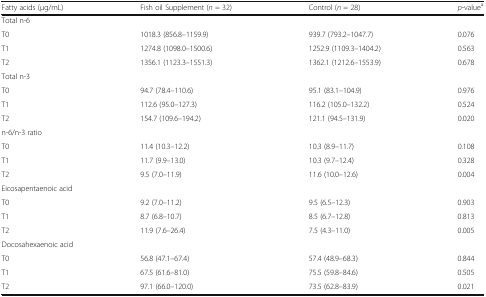
<table><thead><tr><td><b>Fatty acids (μg/mL)</b></td><td><b>Fish oil Supplement (<i>n</i> = 32)</b></td><td><b>Control (<i>n</i> = 28)</b></td><td><b><i>p</i>-value<sup>a</sup></b></td></tr></thead><tbody><tr><td colspan="4">Total n-6</td></tr><tr><td>T0</td><td>1018.3 (856.8–1159.9)</td><td>939.7 (793.2–1047.7)</td><td>0.076</td></tr><tr><td>T1</td><td>1274.8 (1098.0–1500.6)</td><td>1252.9 (1109.3–1404.2)</td><td>0.563</td></tr><tr><td>T2</td><td>1356.1 (1123.3–1551.3)</td><td>1362.1 (1212.6–1553.9)</td><td>0.678</td></tr><tr><td colspan="4">Total n-3</td></tr><tr><td>T0</td><td>94.7 (78.4–110.6)</td><td>95.1 (83.1–104.9)</td><td>0.976</td></tr><tr><td>T1</td><td>112.6 (95.0–127.3)</td><td>116.2 (105.0–132.2)</td><td>0.524</td></tr><tr><td>T2</td><td>154.7 (109.6–194.2)</td><td>121.1 (94.5–131.9)</td><td>0.020</td></tr><tr><td colspan="4">n-6/n-3 ratio</td></tr><tr><td>T0</td><td>11.4 (10.3–12.2)</td><td>10.3 (8.9–11.7)</td><td>0.108</td></tr><tr><td>T1</td><td>11.7 (9.9–13.0)</td><td>10.3 (9.7–12.4)</td><td>0.328</td></tr><tr><td>T2</td><td>9.5 (7.0–11.9)</td><td>11.6 (10.0–12.6)</td><td>0.004</td></tr><tr><td colspan="4">Eicosapentaenoic acid</td></tr><tr><td>T0</td><td>9.2 (7.0–11.2)</td><td>9.5 (6.5–12.3)</td><td>0.903</td></tr><tr><td>T1</td><td>8.7 (6.8–10.7)</td><td>8.5 (6.7–12.8)</td><td>0.813</td></tr><tr><td>T2</td><td>11.9 (7.6–26.4)</td><td>7.5 (4.3–11.0)</td><td>0.005</td></tr><tr><td colspan="4">Docosahexaenoic acid</td></tr><tr><td>T0</td><td>56.8 (47.1–67.4)</td><td>57.4 (48.9–68.3)</td><td>0.844</td></tr><tr><td>T1</td><td>67.5 (61.6–81.0)</td><td>75.5 (59.8–84.6)</td><td>0.505</td></tr><tr><td>T2</td><td>97.1 (66.0–120.0)</td><td>73.5 (62.8–83.9)</td><td>0.021</td></tr></tbody></table>